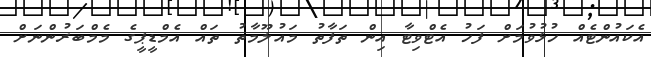
އެކައުންޓެއް ހުޅުވުމަށް ފަހު އެޓްވިޓާ އިން ތަފާތު މައުލޫމާތު ތައް އެމްޑީޕީގެ މެމްބަރުންނަށް